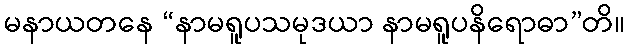
မနာယတနေ “နာမရူပသမုဒယာ နာမရူပနိရောဓာ”တိ။